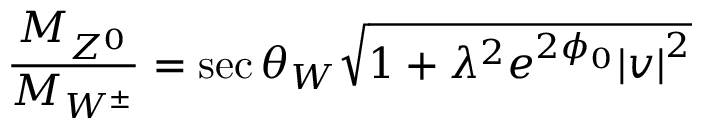
\frac { M _ { Z ^ { 0 } } } { M _ { W ^ { \pm } } } = \sec \theta _ { W } \sqrt { 1 + { \lambda } ^ { 2 } e ^ { 2 \phi _ { 0 } } { \vert v \vert } ^ { 2 } }